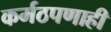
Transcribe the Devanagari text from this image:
कर्मठपणाही